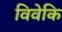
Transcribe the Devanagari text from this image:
विवेकि